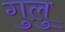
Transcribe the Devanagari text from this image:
गुलु